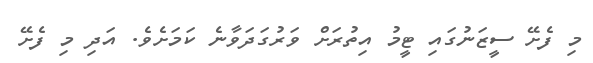
މި ފެށޭ ސީޒަނުގައި ޓީމު އިތުރަށް ވަރުގަދަވާނެ ކަމަށެވެ. އަދި މި ފެށޭ